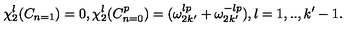
\chi _ { 2 } ^ { l } ( C _ { n = 1 } ) = 0 , \chi _ { 2 } ^ { l } ( C _ { n = 0 } ^ { p } ) = ( \omega _ { 2 k ^ { \prime } } ^ { l p } + \omega _ { 2 k ^ { \prime } } ^ { - l p } ) , l = 1 , . . , k ^ { \prime } - 1 .